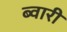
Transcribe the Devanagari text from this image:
ब्वारी